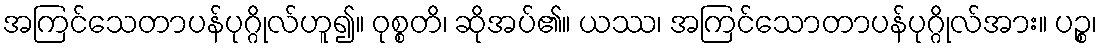
အကြင်သေတာပန်ပုဂ္ဂိုလ်ဟူ၍။ ဝုစ္စတိ၊ ဆိုအပ်၏။ ယဿ၊ အကြင်သောတာပန်ပုဂ္ဂိုလ်အား။ ပဉ္စ၊